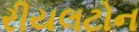
રીયલટોન